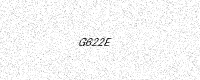
Text: G622E